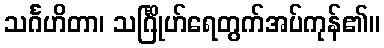
သင်္ဂဟိတာ၊ သင်္ဂြိုဟ်ရေတွက်အပ်ကုန်၏။